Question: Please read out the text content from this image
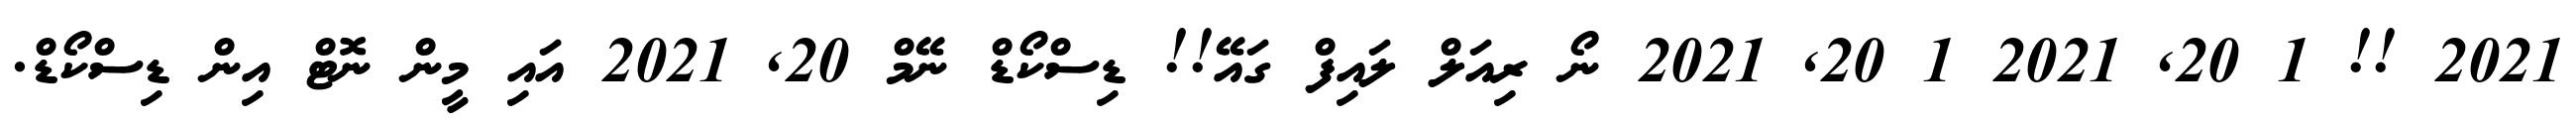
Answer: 2021 !! 1 20, 2021 1 20, 2021 ނޯ ރިއަލް ލައިފް ގައޭ!! ޑިސްކޯޑް ނޭމް 20, 2021 އައި މީން ނޮޓް އިން ޑިސްކޯޑް.